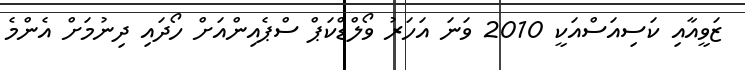
ޒަވީއާއި ކަސިއަސްއަކީ 2010 ވަނަ އަހަރު ވޯލްޑްކަޕް ސްޕެއިންއަށް ހޯދައި ދިނުމަށް އެންމެ